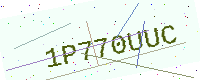
Text: 1P770UUC